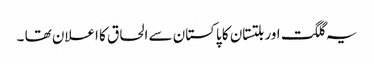
یہ گلگت اور بلتستان کا پاکستان سے الحاق کا اعلان تھا ۔